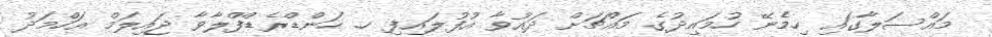
މައްސަލާގައި ހިމެނޭ ހުމައިދުގެ މައްޗަށް ދައުވާ އުފުލައިފި ހ. ހަންޑްރެޑްފްލާވާ ޖައިލަމް އަހްމަދު